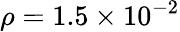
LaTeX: \rho=1.5\times 10^{-2}